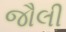
જૌલી